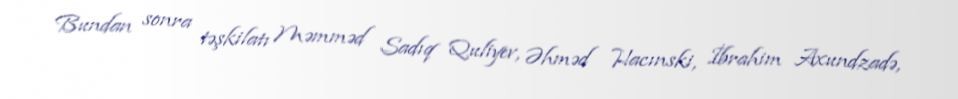
Bundan sonra təşkilatı Məmməd Sadıq Quliyev, Əhməd Hacınski, İbrahim Axundzadə,